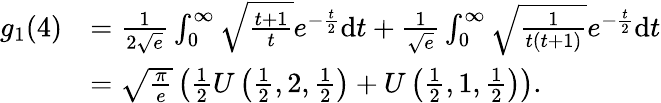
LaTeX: \begin{array}{rl}{g_{1}(4)}&{=\frac{1}{2\sqrt{e}}\int_{0}^{\infty}\sqrt{\frac{t+1}{t}}e^{-\frac{t}{2}}\mathrm{d}t+\frac{1}{\sqrt{e}}\int_{0}^{\infty}\sqrt{\frac{1}{t(t+1)}}e^{-\frac{t}{2}}\mathrm{d}t}\\ &{=\sqrt{\frac{\pi}{e}}\left(\frac{1}{2}U\left(\frac{1}{2},2,\frac{1}{2}\right)+U\left(\frac{1}{2},1,\frac{1}{2}\right)\right).}\end{array}